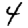
Digit: 4